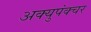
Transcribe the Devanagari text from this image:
अक्युपंक्चर